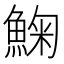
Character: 䱡